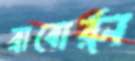
ব্রাবোর্র্ন